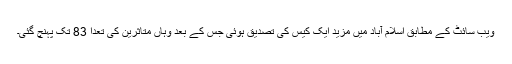
ویب سائٹ کے مطابق اسلام آباد میں مزید ایک کیس کی تصدیق ہوئی جس کے بعد وہاں متاثرین کی تعدا 83 تک پہنچ گئی۔